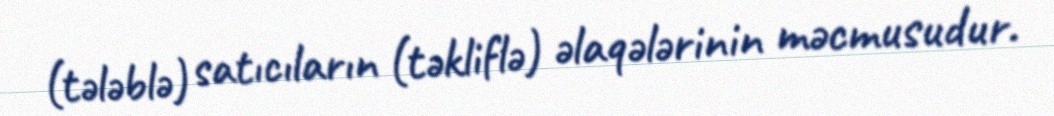
(tələblə) satıcıların (təkliflə) əlaqələrinin məcmusudur.